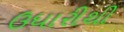
ઉધારીથી